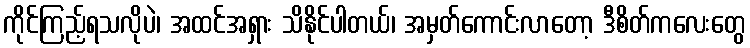
ကိုင်ကြည့်ရသလိုပဲ၊ အထင်အရှား သိနိုင်ပါတယ်၊ အမှတ်ကောင်းလာတော့ ဒီစိတ်ကလေးတွေ